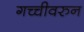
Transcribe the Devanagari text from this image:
गच्चीवरुन